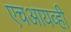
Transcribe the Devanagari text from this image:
एचआयव्ही